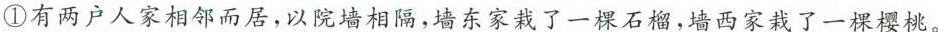
①有两户人家相邻而居，以院墙相隔，墙东家栽了一棵石榴，墙西家栽了一棵樱桃。